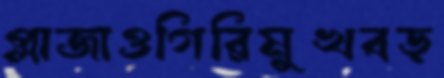
প্লাজাওগিরিমুখবড়